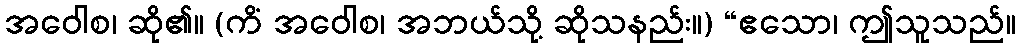
အဝေါစ၊ ဆို၏။ (ကိံ အဝေါစ၊ အဘယ်သို့ ဆိုသနည်း။) “ဧသော၊ ဤသူသည်။